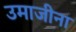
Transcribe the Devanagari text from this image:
उमाजीना